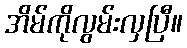
အိမ်ကိုလွမ်းလှပြီ။